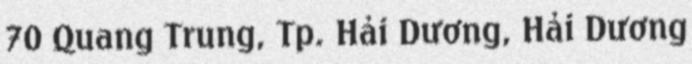
70 Quang Trung, Tp. Hải Dương, Hải Dương